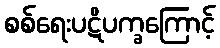
စစ်ရေးပဋိပက္ခကြောင့်